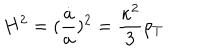
H ^ { 2 } = ( \frac { \dot { a } } { a } ) ^ { 2 } = \frac { \kappa ^ { 2 } } { 3 } \rho _ { T }